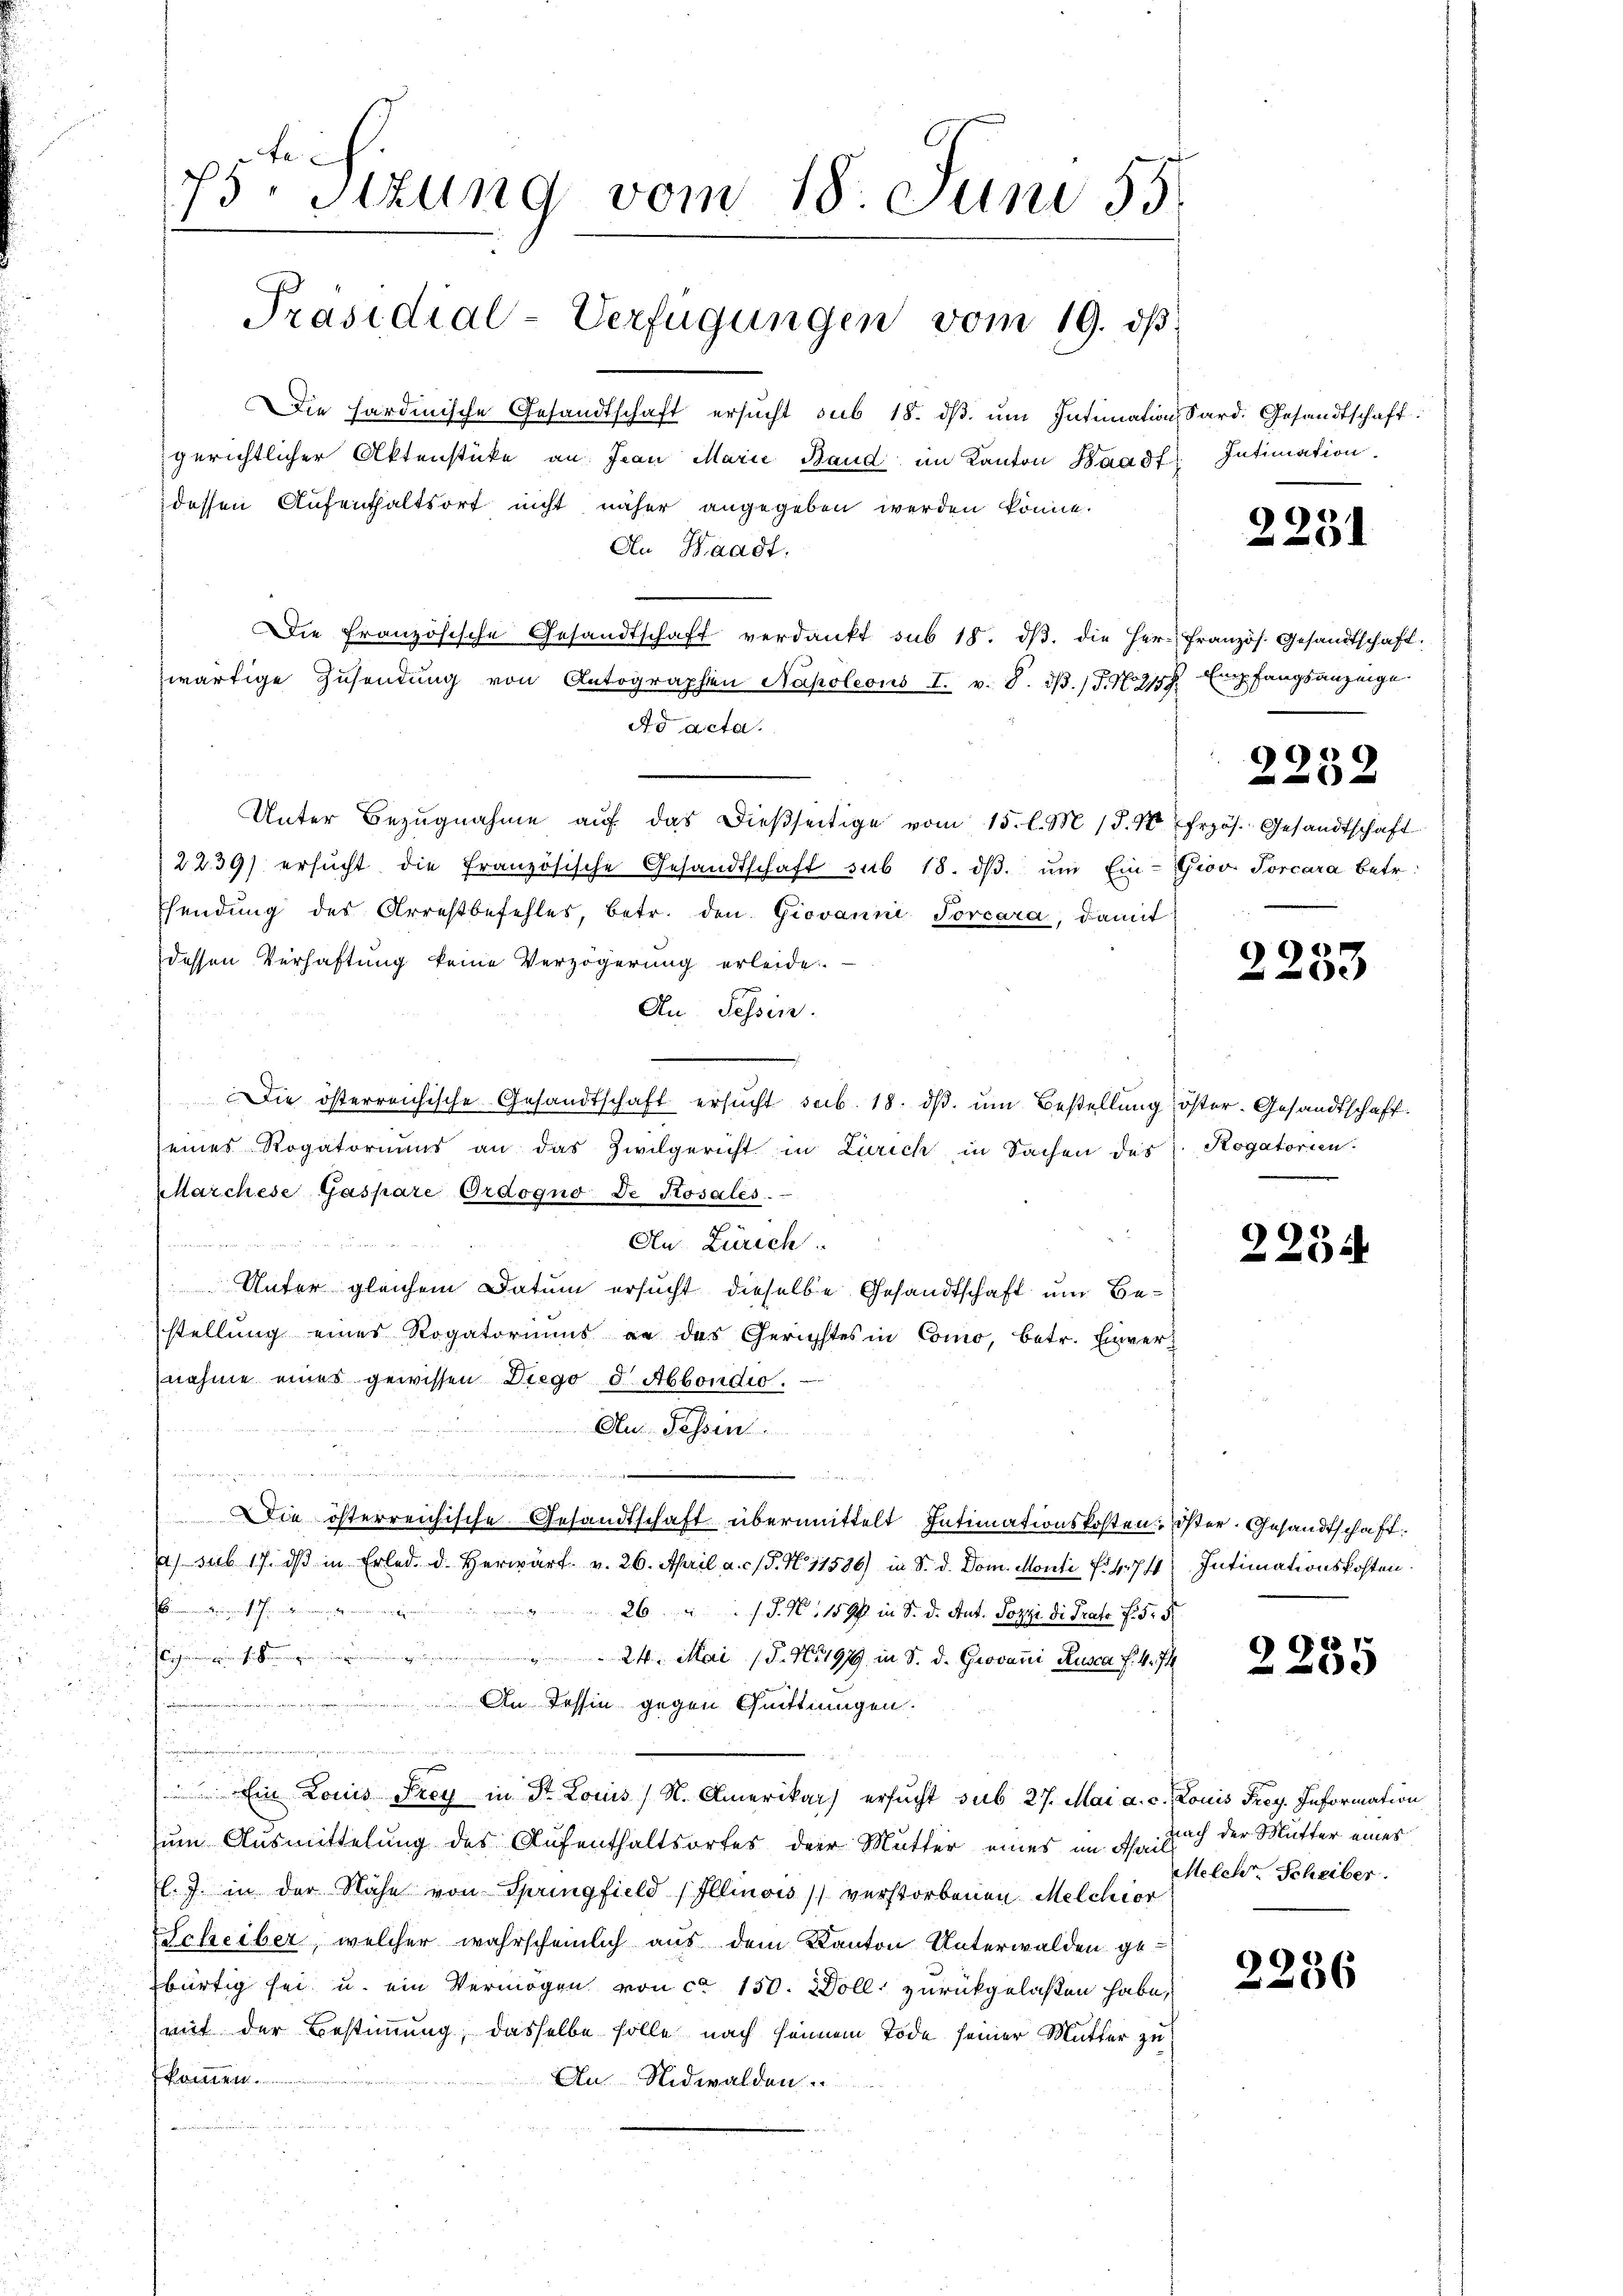
75. Sitzung vom 18. Juni 55.
Präsidial-Verfügungen vom 19. dß

zwärtige Zusendung von Antographen Napoleons I. v. 8. dβ. T. N. 2159
Ad acta.

dessen Aufenthaltsort nicht näher angegeben werden könne.
An Waadt.

Die französische Gesandtschaft verdankt sub 18. dβ. die Her-Französ. Gesandtschaft.

Die hardinische Gesandtschaft ersŭcht sub 18. dβ ŭm Intimation Sard. Gesandtschaft
gerichtlicher Aktenstücke an Jean Marie Band im Kanton Waadt Intimation
Unter Bezugnahme auf das dießseitige vom 15. l. M. (S. 10. Frzös. Gesandtschaft
2239) ersŭcht die französische Gesandtschaft sub 18. dβ. ŭm Ein- Giov. Torcara betr.
Thendung des Arrestbefehles, betr. den Giovanni Jorcara, damit
dessen Verhaftung keine Verzögerung erleide
Au Tessin.
Die österreichische Gesandtschaft ersŭcht sub. 18. dβ. ŭm Bestellung öster. Gesandtschaff-
seines Rogatoriums an das Zivilgericht in Zürich in Sachen des Rogatorien.
Marchese Gaspare Ordogno De Rosales.
mnen gar nur gewand um zu ein ein und
An Zürich
Unter gleichem Datum ersucht dieselbe Gesandtschaft um Bestellung eines Rogatoriums er das Gerichtes in Como, betr. Einvernahme eines gewissen Diego d. Abbondio.
Au Fessen
e
u
Die österreichische Gesandtschaft übermittelt Intimationskosten Oser. Gesandtschaft.
a) sub 17. dβ in Erled. d. Herwart v. 26. April a. c. S. N. 11586) in S. d. Dom. Monti fr 474
61726 J. N. 115 fl in Sr. Dr. Ant. Pozzi di Prato f. 5, 5
egeisten 24. Mai 18. No 1919 in S. d. Grovani Rusca f. 4. 74
 An Tessin gegen Quittungen.
,
x
 Ein Louis Frey in Dr. Locus (N. Amerikar ersucht sub 27. Mai a. c. Louis Frey. Information
um Ausmittelung des Aufenthaltsortes der Mutter eines im Aprill ich der Mutter eines
l. J. in der Nähe von Springfield (Illinois verstorbenen Melchior
Scheiber, welcher wahrscheinlich aus dem Kanton Unterwalden gebürtig sei u. ein Vermögen von ca 150. Zoll zurückgelaßen habe,
mit der Bestimmung, dasselbe solle nach seinem Tode seiner Mutter zu
fkommen.
An Nidwalden

2251

Empfangsanzeige.

2252

2233

2234

Intimationskosten.

2235

Melch. Scheiber.

2236